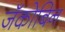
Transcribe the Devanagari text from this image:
जॅकोबिन